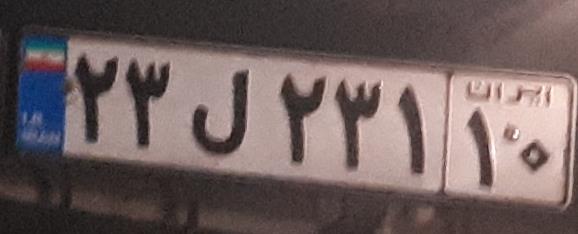
۲۳ل۲۳۱۱۰